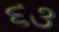
૬૩